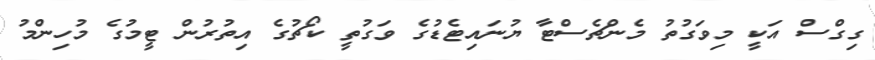
ގިގްސް އަކީ މިވަގުތު މެންޗެސްޓާ ޔުނައިޓެޑުގެ ވަގުތީ ކޯޗުގެ އިތުރުން ޓީމުގެ މުހިންމު